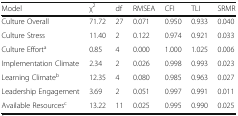
| Model | χ2 | df | RMSEA | CFI | TLI | SRMR |
 | --- | --- | --- | --- | --- | --- | --- |
 | Culture Overall | 71.72 | 27 | 0.071 | 0.950 | 0.933 | 0.040 |
 | Culture Stress | 11.40 | 2 | 0.122 | 0.974 | 0.921 | 0.033 |
 | Culture Efforta | 0.85 | 4 | 0.000 | 1.000 | 1.025 | 0.006 |
 | Implementation Climate | 2.34 | 2 | 0.026 | 0.998 | 0.993 | 0.023 |
 | Learning Climateb | 12.35 | 4 | 0.080 | 0.985 | 0.963 | 0.027 |
 | Leadership Engagement | 3.69 | 2 | 0.051 | 0.997 | 0.991 | 0.011 |
 | Available Resourcesc | 13.22 | 11 | 0.025 | 0.995 | 0.990 | 0.025 |